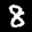
Label: 8